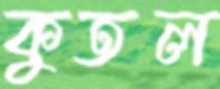
কুতল